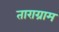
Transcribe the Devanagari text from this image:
ताराग्राम